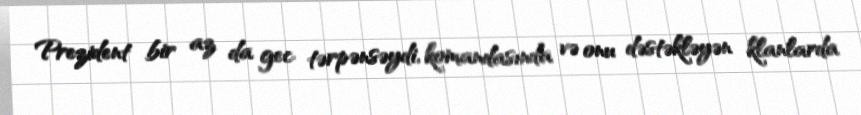
Prezident bir az da gec tərpənsəydi, komandasında və onu dəstəkləyən klanlarda